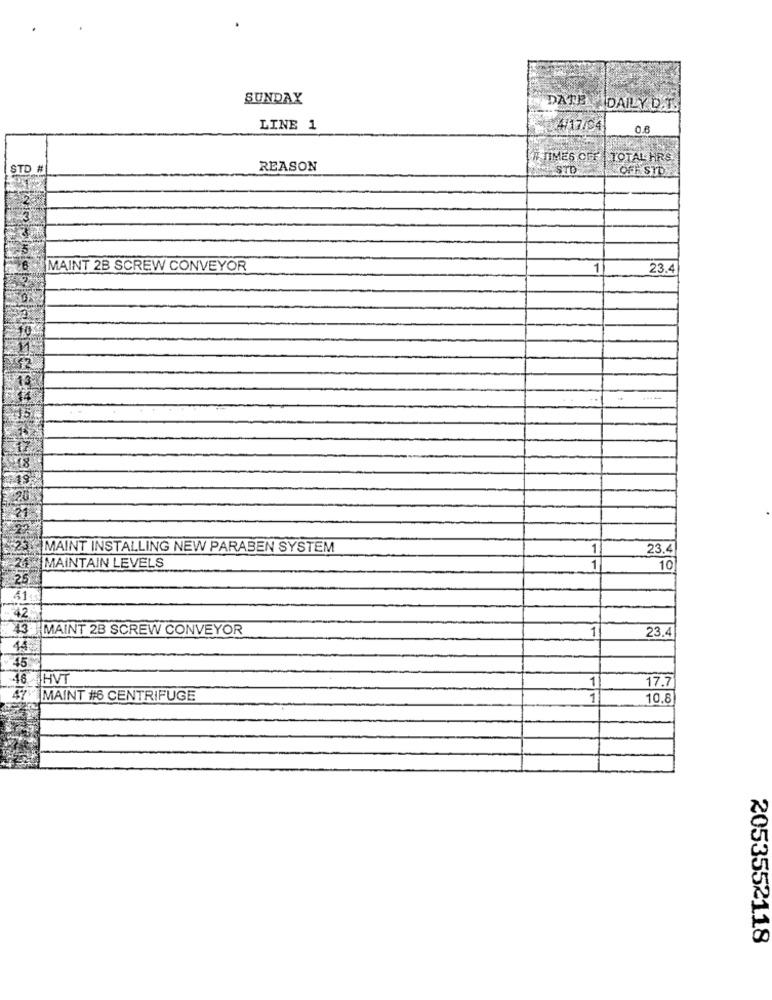
SUNDAY
DATE DAILY D.T.
LINE 1
4/17/94
0.6
# TIMES OFF | TOTAL HRS
STD #
REASON
STD
OFF STOY
MAINT 2B SCREW CONVEYOR
1
23.4
MAINT INSTALLING NEW PARABEN SYSTEM
1
23.4
MAINTAIN LEVELS
1
10
43 MAINT 2B SCREW CONVEYOR
1
23.4
14
45
48.
HVT
1
17.7
47.
MAINT #6 CENTRIFUGE
1
10.8
2053552118